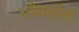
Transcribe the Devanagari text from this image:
ब्लैकहॉक